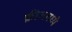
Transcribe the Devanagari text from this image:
क्रीजमध्ये